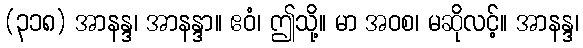
(၃၁၈) အာနန္ဒ၊ အာနန္ဒာ။ ဧဝံ၊ ဤသို့။ မာ အဝစ၊ မဆိုလင့်။ အာနန္ဒ၊